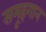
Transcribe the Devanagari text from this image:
समूहगान